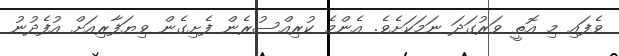
ވެފައި މި އޮތީ ވަރުގަދަ ނަމަކަށެވެ. އެންމެ ކުރިއްސުރެން ފެށިގެން ވިޔަފާރިއަށް އުފެދުނު